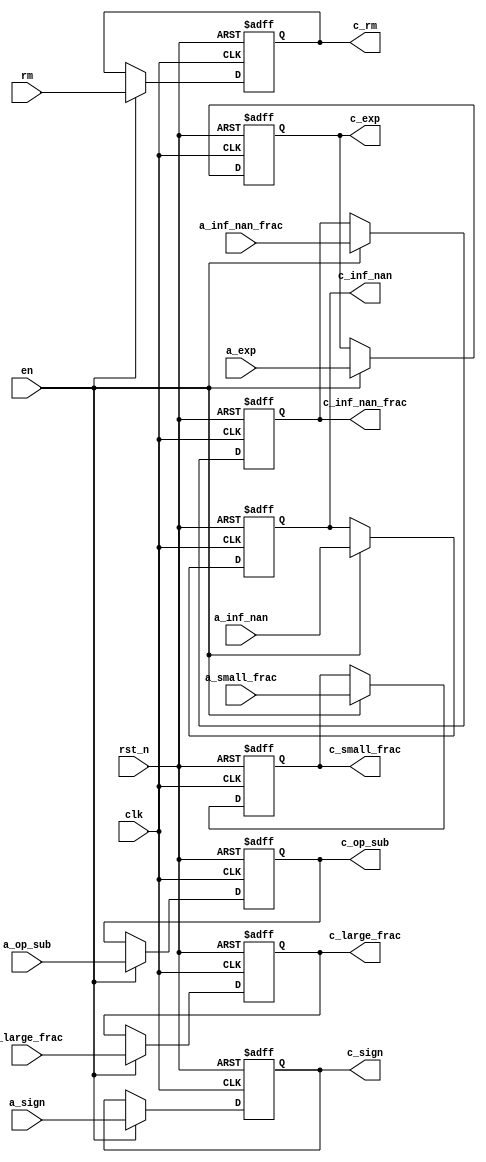
module float_adder_pipe_a2c_reg     (clk,rst_n,en,rm,a_inf_nan,a_inf_nan_frac,a_sign,a_exp,a_op_sub,a_large_frac,a_small_frac,c_rm,c_inf_nan,
                                    c_inf_nan_frac,c_sign,c_exp,c_op_sub,c_large_frac,c_small_frac);
    input clk,rst_n,en;

    input [1:0] rm;
    input a_inf_nan,a_sign,a_op_sub;
    input [23:0] a_large_frac;
    input [26:0] a_small_frac;
    input [22:0] a_inf_nan_frac;
    input [7:0] a_exp;

    output [1:0] c_rm;
    output c_inf_nan,c_sign,c_op_sub;
    output [23:0] c_large_frac;
    output [26:0] c_small_frac;
    output [22:0] c_inf_nan_frac;
    output [7:0] c_exp;

    reg [1:0] c_rm;
    reg c_inf_nan,c_sign,c_op_sub;
    reg [23:0] c_large_frac;
    reg [26:0] c_small_frac;
    reg [22:0] c_inf_nan_frac;
    reg [7:0] c_exp;

    always @ (posedge clk or negedge rst_n) begin
       if(!rst_n) begin
            c_inf_nan<=0;
            c_sign<=0;
            c_op_sub<=0;
            c_large_frac<=24'h0;
            c_small_frac<=24'h0;
            c_inf_nan_frac<=23'h0;
            c_exp<=8'h0;
            c_rm<=2'b00;
       end
       else if (en) begin
            c_inf_nan<=a_inf_nan;
            c_sign<=a_sign;
            c_op_sub<=a_op_sub;
            c_large_frac<=a_large_frac;
            c_small_frac<=a_small_frac;
            c_inf_nan_frac<=a_inf_nan_frac;
            c_exp<=a_exp;
            c_rm<=rm;
       end
    end
endmodule